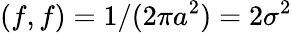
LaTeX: (f,f)=1/(2\pi a^{2})=2\sigma^{2}